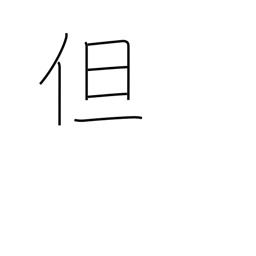
Meaning: but